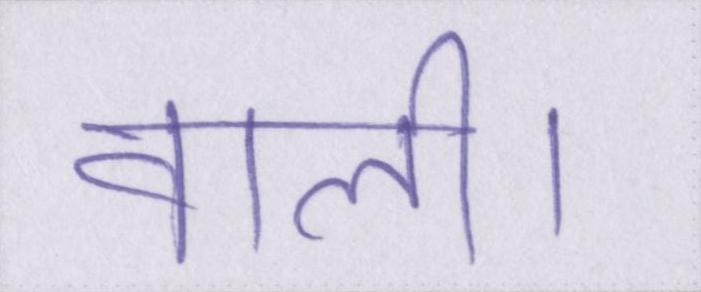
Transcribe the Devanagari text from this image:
वाली।